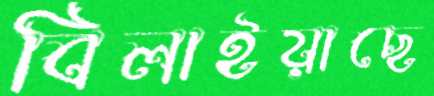
বিলাইয়াছে